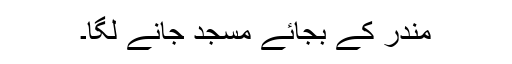
مندر کے بجائے مسجد جانے لگا۔